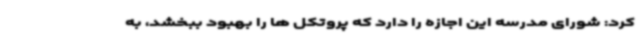
کرد: شورای مدرسه این اجازه را دارد که پروتکل ها را بهبود ببخشد، به